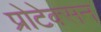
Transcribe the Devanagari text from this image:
प्रोटेक्सन